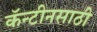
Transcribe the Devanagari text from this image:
कॅन्टीनसाठी